Report on vaccination in the Province of Bengal - 1869-1873
Year: 1869
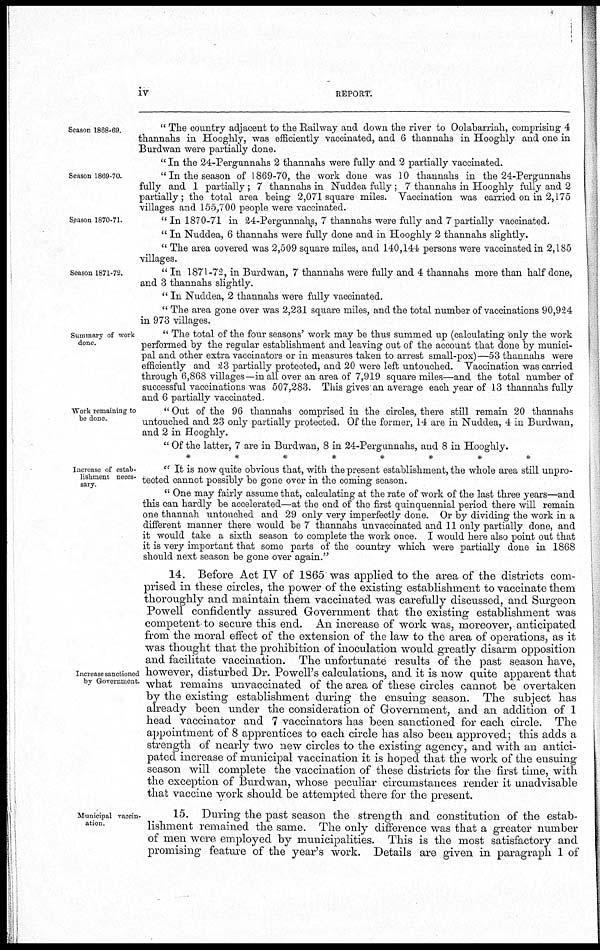
iv
REPORT.
Season 1868-69.
" The country adjacent to the Railway and down the river to Oolabarriah, comprising 4
thannahs in Hooghly, was efficiently vaccinated, and 6 thannahs in Hooghly and one in
Burdwan were partially done.
" In the 24-Pergunnahs 2 thannahs were fully and 2 partially vaccinated.
Season 1869-70.
"In the season of 1869-70, the work done was 10 thannahs in the 24-Pergunnahs
fully and 1 partially ; 7 thannahs in Nuddea fully ; 7 thannahs in Hooghly fully and 2
partially; the total area being 2,071 square miles. Vaccination was carried on in 2,175
villages and 155,700 people were vaccinated.
Season 1870-71.
" In 1870-71 in 24-Pergunnahs, 7 thannahs were fully and 7 partially vaccinated.
" In Nuddea, 6 thannahs were fully done and in Hooghly 2 thannahs slightly.
" The area covered was 2,509 square miles, and 140,144 persons were vaccinated in 2,185
villages.
Season 1871-72.
" In 1871-72, in Burdwan, 7 thannahs were fully and 4 thannahs more than half done,
and 3 thannahs slightly.
" In Nuddea, 2 thannahs were fully vaccinated.
" The area gone over was 2,231 square miles, and the total number of vaccinations 90,924
in 973 villages.
Summary of work
done.
" The total of the four seasons' work may be thus summed up (calculating only the work
performed by the regular establishment and leaving out of the account that done by munici-
pal and other extra vaccinators or in measures taken to arrest small-pox)—53 thannahs were
efficiently and 23 partially protected, and 20 were left untouched. Vaccination was carried
through 6,868 villages—in all over an area of 7,919 square miles—and the total number of
successful vaccinations was 507,283. This gives an average each year of 13 thannahs fully
and 6 partially vaccinated.
Work remaining to
be done.
" Out of the 96 thannahs comprised in the circles, there still remain 20 thannahs
untouched and 23 only partially protected. Of the former, 14 are in Nuddea, 4 in Burdwan,
and 2 in Hooghly.
" Of the latter, 7 are in Burdwan, 8 in 24-Pergunnahs, and 8 in Hooghly.
********
Increase of estab-
lishment neces-
sary.
" It is now quite obvious that, with the present establishment, the whole area still unpro-
tected cannot possibly be gone over in the coming season.
" One may fairly assume that, calculating at the rate of work of the last three years—and
this can hardly be accelerated—at the end of the first quinquennial period there will remain
one thannah untouched and 29 only very imperfectly done. Or by dividing the work in a
different manner there would be 7 thannahs unvaccinated and 11 only partially done, and
it would take a sixth season to complete the work once. I would here also point out that
it is very important that some parts of the country which were partially done in 1868
should next season be gone over again."
Increase sanctioned
by Government.
14. Before Act IV of 1865 was applied to the area of the districts com-
prised in these circles, the power of the existing establishment to vaccinate them
thoroughly and maintain them vaccinated was carefully discussed, and Surgeon
Powell confidently assured Government that the existing establishment was
competent to secure this end. An increase of work was, moreover, anticipated
from the moral effect of the extension of the law to the area of operations, as it
was thought that the prohibition of inoculation would greatly disarm opposition
and facilitate vaccination. The unfortunate results of the past season have,
however, disturbed Dr. Powell's calculations, and it is now quite apparent that
what remains unvaccinated of the area of these circles cannot be overtaken
by the existing establishment during the ensuing season. The subject has
already been under the consideration of Government, and an addition of 1
head vaccinator and 7 vaccinators has been sanctioned for each circle. The
appointment of 8 apprentices to each circle has also been approved; this adds a
strength of nearly two new circles to the existing agency, and with an antici-
pated increase of municipal vaccination it is hoped that the work of the ensuing
season will complete the vaccination of these districts for the first time, with
the exception of Burdwan, whose peculiar circumstances render it unadvisable
that vaccine work should be attempted there for the present.
Municipal vaccin-
ation.
15. During the past season the strength and constitution of the estab-
lishment remained the same. The only difference was that a greater number
of men were employed by municipalities. This is the most satisfactory and
promising feature of the year's work. Details are given in paragraph 1 of